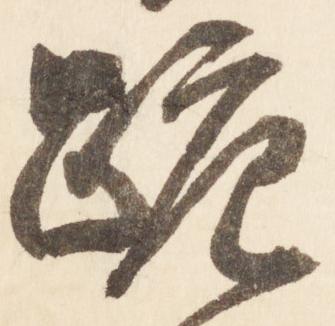
跪